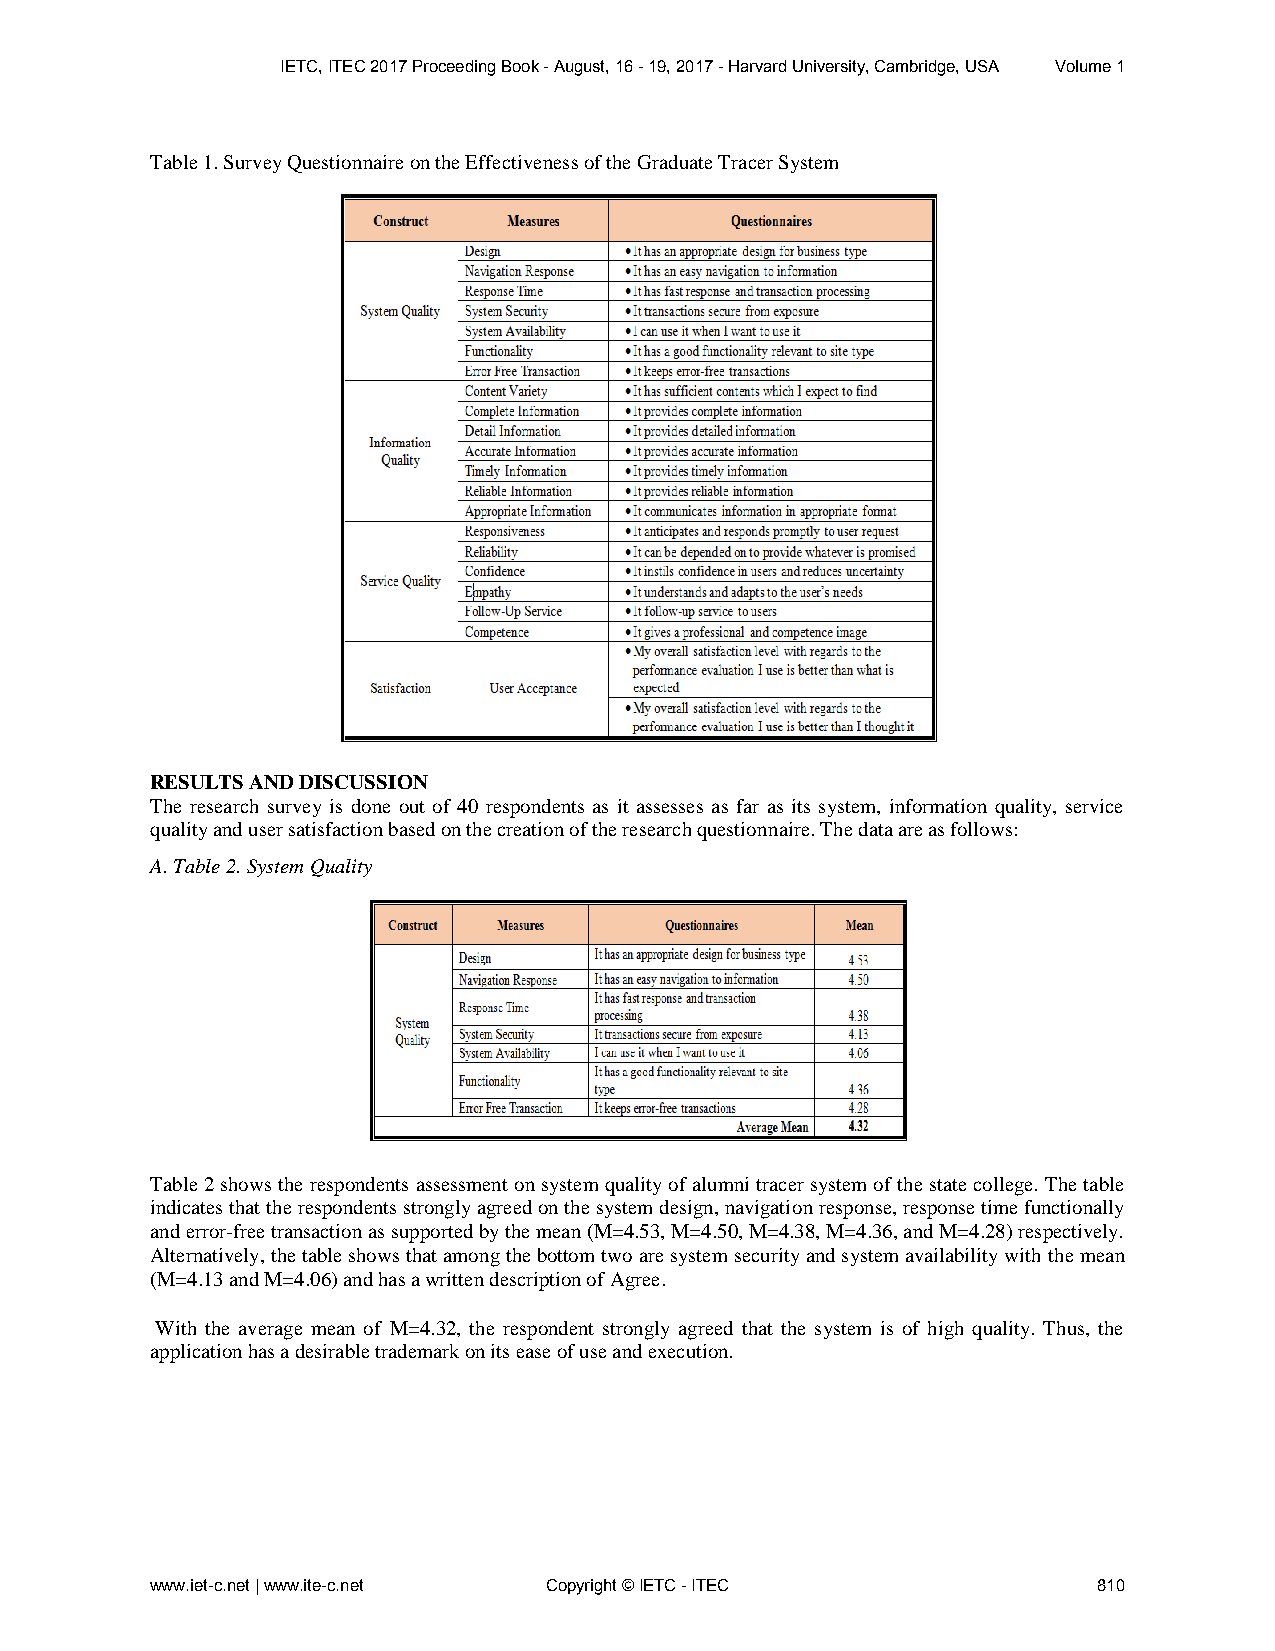
IETC, ITEC 2017 Proceeding Book - August, 16 - 19, 2017 - Harvard University, Cambridge, USA Volume 1
 Table 1. Survey Questionnaire on the Effectiveness of the Graduate Tracer System
 RESULTS AND DISCUSSION
 The research survey is done out of 40 respondents as it assesses as far as its system, information quality, service
 quality and user satisfaction based on the creation of the research questionnaire. The data are as follows:
 A. Table 2. System Quality
 Table 2 shows the respondents assessment on system quality of alumni tracer system of the state college. The table
 indicates that the respondents strongly agreed on the system design, navigation response, response time functionally
 and error-free transaction as supported by the mean (M=4.53, M=4.50, M=4.38, M=4.36, and M=4.28) respectively.
 Alternatively, the table shows that among the bottom two are system security and system availability with the mean
 (M=4.13 and M=4.06) and has a written description of Agree.
 With the average mean of M=4.32, the respondent strongly agreed that the system is of high quality. Thus, the
 application has a desirable trademark on its ease of use and execution.
 www.iet-c.net | www.ite-c.net Copyright © IETC - ITEC          810